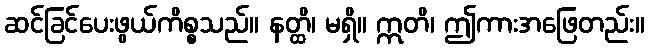
ဆင်ခြင်ပေးဖွယ်ကိစ္စသည်။ နတ္ထိ၊ မရှိ။ ဣတိ၊ ဤကားအဖြေတည်း။